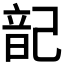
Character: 𮧷